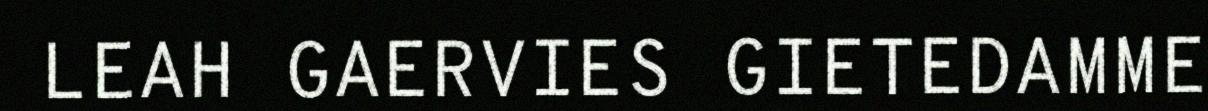
LEAH GAERVIES GIETEDAMME